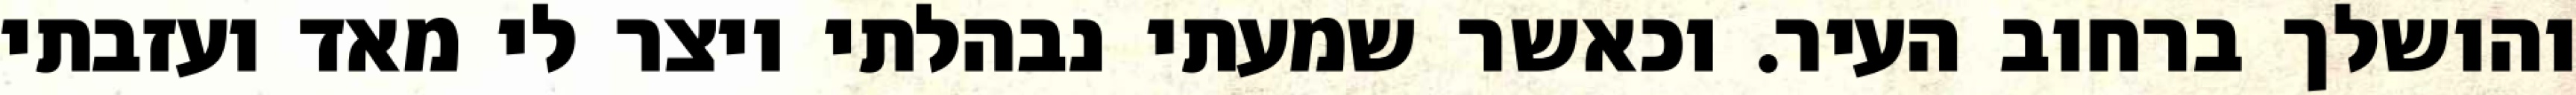
והושלך ברחוב העיר. וכאשר שמעתי נבהלתי ויצר לי מאד ועזבתי